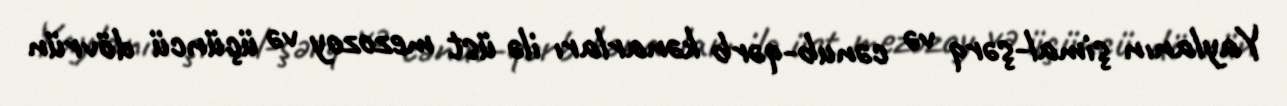
Yaylanın şimal-şərq və cənub-qərb kənarları ilə üst mezozoy və üçüncü dövrün